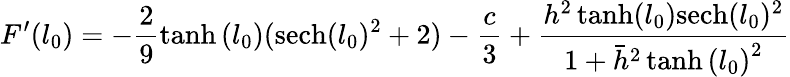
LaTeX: F^{\prime}(l_{0})=-\frac{2}{9}\operatorname{tanh}{(l_{0})}(\textrm{sech}(l_{0})^{2}+2)-\frac{c}{3}+\frac{h^{2}\operatorname{tanh}(l_{0})\textrm{sech}(l_{0})^{2}}{1+\bar{h}^{2}\operatorname{tanh}{(l_{0})}^{2}}